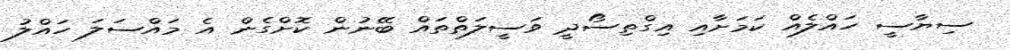
ސިޔާސީ ހައްލެއް ކަމަށާއި އިގްތިސޯދީ ވަސީލަތްތައް ބޭނުން ކޮށްގެން އެ މައްސަލަ ހައްލު